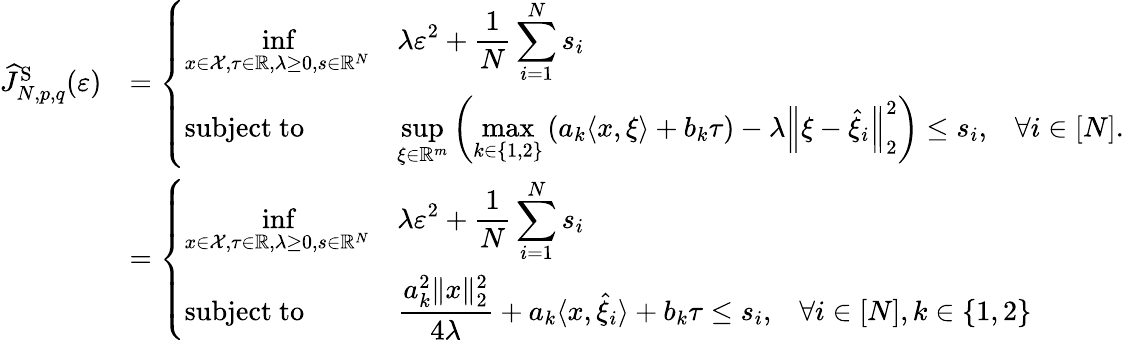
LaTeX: \begin{array}{rl}{\widehat{J}_{N,p,q}^{\mathrm{S}}(\varepsilon)}&{=\left\{ \begin{array}{lll}{{\displaystyle\operatorname*{inf}_{x\in\mathcal{X},\tau\in\mathbb{R},\lambda\geq 0,s\in\mathbb{R}^{N}}}}&{{\displaystyle\lambda\varepsilon^{2}+\frac{1}{N}\sum_{i=1}^{N}s_{i}}}&\\ {\mathrm{subject~to}}&{{\displaystyle\operatorname*{sup}_{\xi\in\mathbb{R}^{m}}\left(\operatorname*{max}_{k\in\left\{ 1,2\right\} }\left(a_{k}\langle x,\xi\rangle+b_{k}\tau\right)-\lambda\left\| \xi-\widehat{\xi}_{i}\right\| _{2}^{2}\right)\leq s_{i},}}&{\forall i\in[N].}\end{array}\right.}\\ &{=\left\{ \begin{array}{lll}{{\displaystyle\operatorname*{inf}_{x\in\mathcal{X},\tau\in\mathbb{R},\lambda\geq 0,s\in\mathbb{R}^{N}}}}&{{\displaystyle\lambda\varepsilon^{2}+\frac{1}{N}\sum_{i=1}^{N}s_{i}}}&\\ {\mathrm{subject~to}}&{{\displaystyle\frac{a_{k}^{2}\| x\| _{2}^{2}}{4\lambda}+a_{k}\langle x,\widehat{\xi}_{i}\rangle+b_{k}\tau\leq s_{i},}}&{\forall i\in[N],k\in\{ 1,2\} }\end{array}\right.}\end{array}